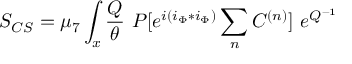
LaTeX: S _ { C S } = \mu _ { 7 } \int _ { x } { \frac { Q } { \theta } } ~ P [ e ^ { i ( i _ { \Phi } * i _ { \Phi } ) } \sum _ { n } C ^ { ( n ) } ] ~ e ^ { Q ^ { - 1 } }